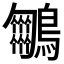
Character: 𪈵